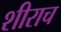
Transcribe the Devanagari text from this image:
शीराच